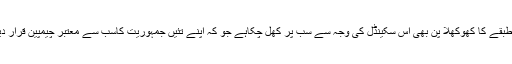
برطانوی حکمران طبقے کا کھوکھلا پن بھی اس سکینڈل کی وجہ سے سب پر کھل چکاہے جو کہ اپنے تئیں جمہوریت کاسب سے معتبر چیمپین قرار دیتے نہیں تھکتا تھا۔